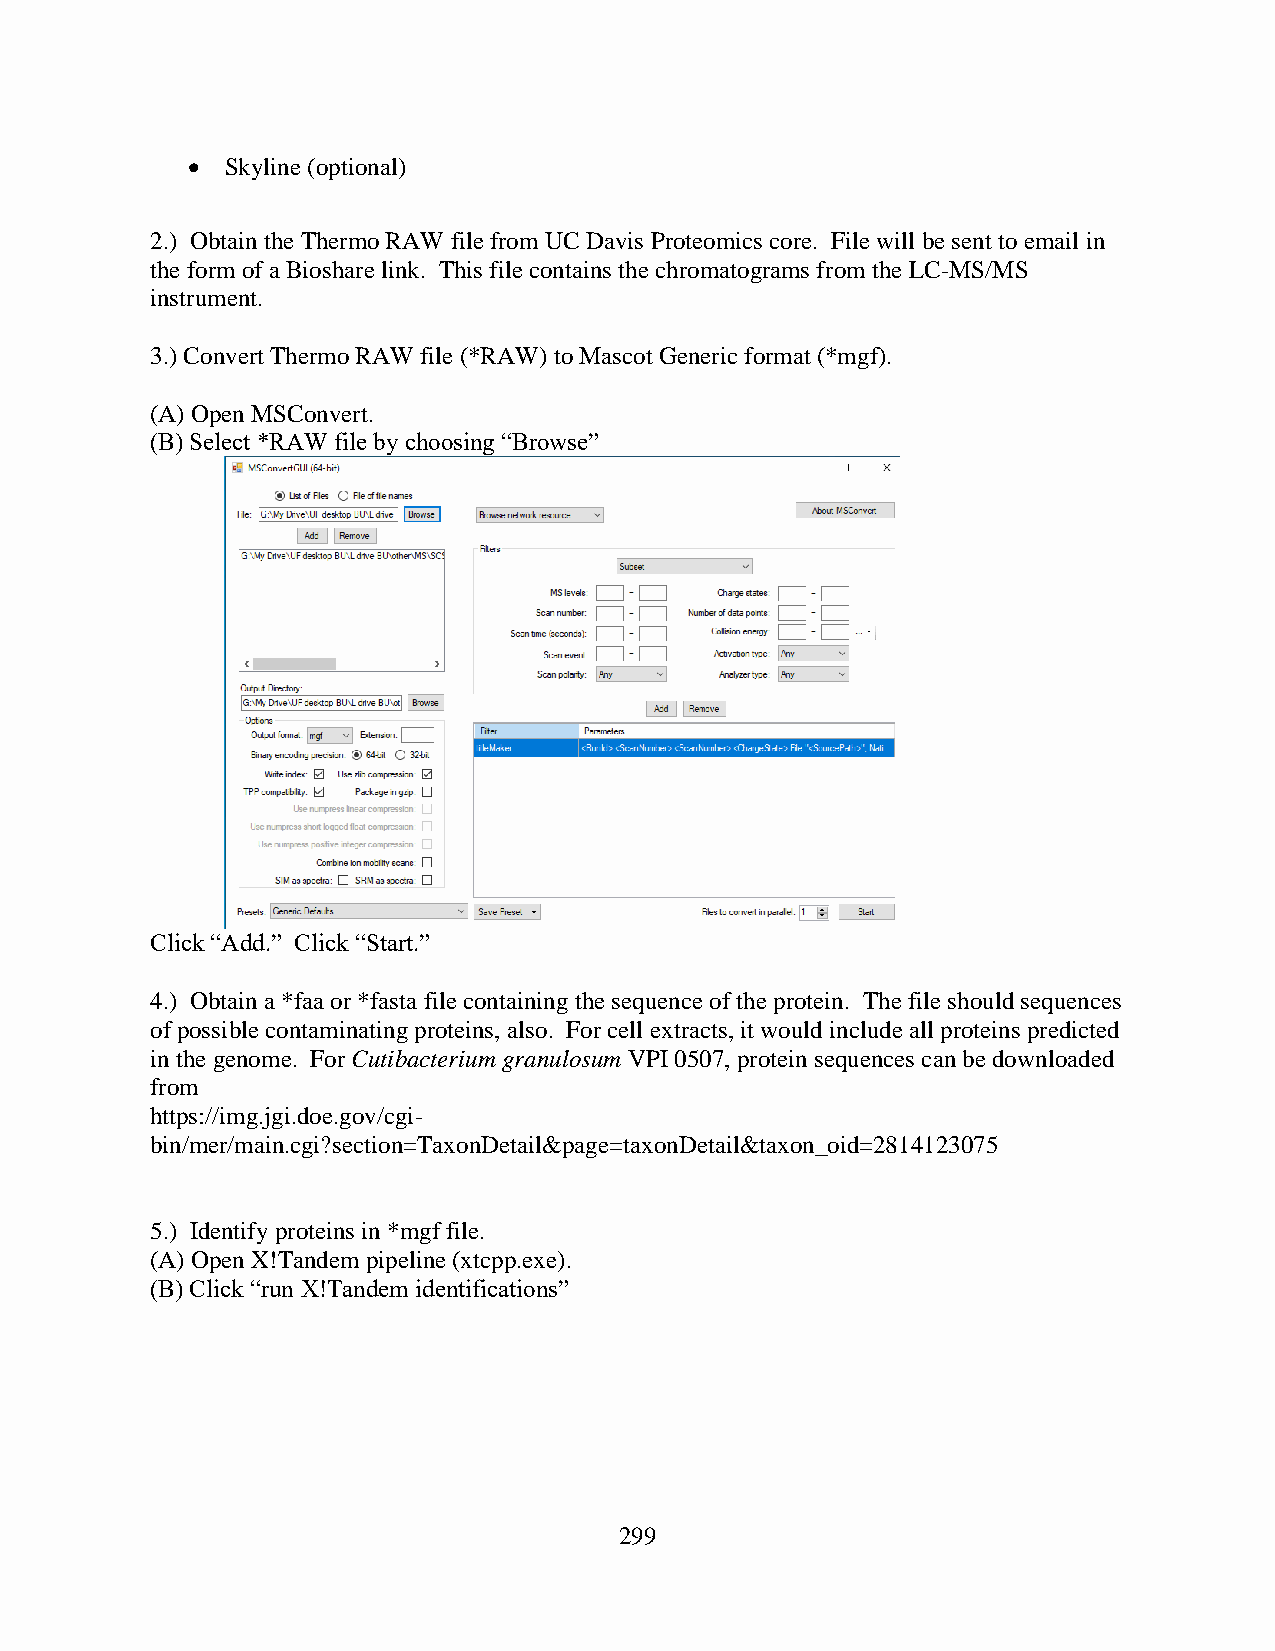
  Skyline (optional)
 2.) Obtain the Thermo RAW file from UC Davis Proteomics core. File will be sent to email in
 the form of a Bioshare link. This file contains the chromatograms from the LC-MS/MS
 instrument.
 3.) Convert Thermo RAW file (*RAW) to Mascot Generic format (*mgf).
 (A) Open MSConvert.
 (B) Select *RAW file by choosing “Browse”
 Click “Add.” Click “Start.”
 4.) Obtain a *faa or *fasta file containing the sequence of the protein. The file should sequences
 of possible contaminating proteins, also. For cell extracts, it would include all proteins predicted
 in the genome. For Cutibacterium granulosum VPI 0507, protein sequences can be downloaded
 from
 https://img.jgi.doe.gov/cgi-
 bin/mer/main.cgi?section=TaxonDetail&page=taxonDetail&taxon_oid=2814123075
 5.) Identify proteins in *mgf file.
 (A) Open X!Tandem pipeline (xtcpp.exe).
 (B) Click “run X!Tandem identifications”
 299